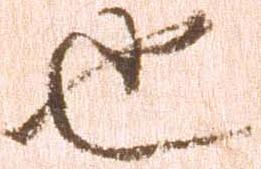
也